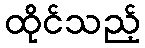
ထိုင်သည့်